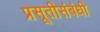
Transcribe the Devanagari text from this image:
प्रसूतीसंबंधी